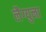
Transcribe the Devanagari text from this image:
लैग्युना